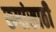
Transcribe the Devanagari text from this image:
रूपांसाठी